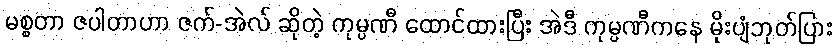
မစ္စတာ ဇပါတာဟာ ဇက်-အဲလ် ဆိုတဲ့ ကုမ္ပဏီ ထောင်ထားပြီး အဲဒီ ကုမ္ပဏီကနေ မိုးပျံဘုတ်ပြား